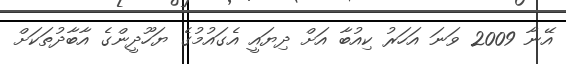
އޭނާ 2009 ވަނަ އަހަރު ކިއުބާ އަށް ދިޔައީ އެގައުމުގެ ޔަހޫދީންގެ އާބާދުތަކަށް